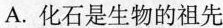
A.化石是生物的祖先